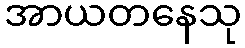
အာယတနေသု